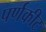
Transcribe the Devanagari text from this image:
पर्णकीट